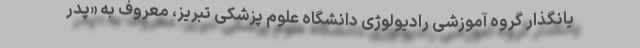
یانگذار گروه آموزشی رادیولوژی دانشگاه علوم پزشکی تبریز، معروف به «پدر